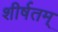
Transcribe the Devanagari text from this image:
शीर्षतम्